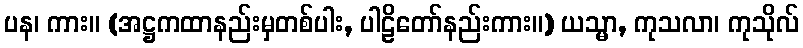
ပန၊ ကား။ (အဋ္ဌကထာနည်းမှတစ်ပါး, ပါဠိတော်နည်းကား။) ယသ္မာ, ကုသလာ၊ ကုသိုလ်